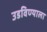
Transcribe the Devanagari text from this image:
उडविण्याला